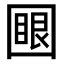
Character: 𡈟